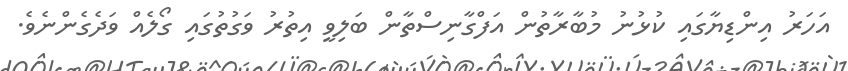
އަހަރު އިންޑިޔާގައި ކުޅުނު މުބާރާތުން އަފްގާނިސްތާން ބަލިވީ އިތުރު ވަގުތުގައި ގޯލެއް ވަދެގެންނެވެ.